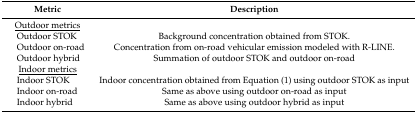
| Metric | Description |
 | --- | --- |
 | <underline>Outdoor metrics</underline> |  |
 | Outdoor STOK | Background concentration obtained from STOK. |
 | Outdoor on-road | Concentration from on-road vehicular emission modeled with R-LINE. |
 | Outdoor hybrid | Summation of outdoor STOK and outdoor on-road |
 | <underline>Indoor metrics</underline> |  |
 | Indoor STOK | Indoor concentration obtained from Equation (1) using outdoor STOK as input |
 | Indoor on-road | Same as above using outdoor on-road as input |
 | Indoor hybrid | Same as above using outdoor hybrid as input |